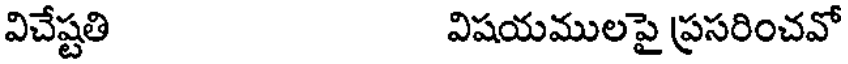
విచేష్టతి విషయములపై ప్రసరించవో